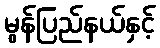
မွန်ပြည်နယ်နှင့်